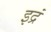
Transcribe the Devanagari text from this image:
इद्रं